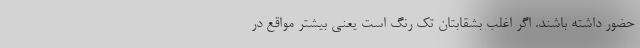
حضور داشته باشند. اگر اغلب بشقابتان تک رنگ است یعنی بیشتر مواقع در